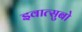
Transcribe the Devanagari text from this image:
इवात्सुबो